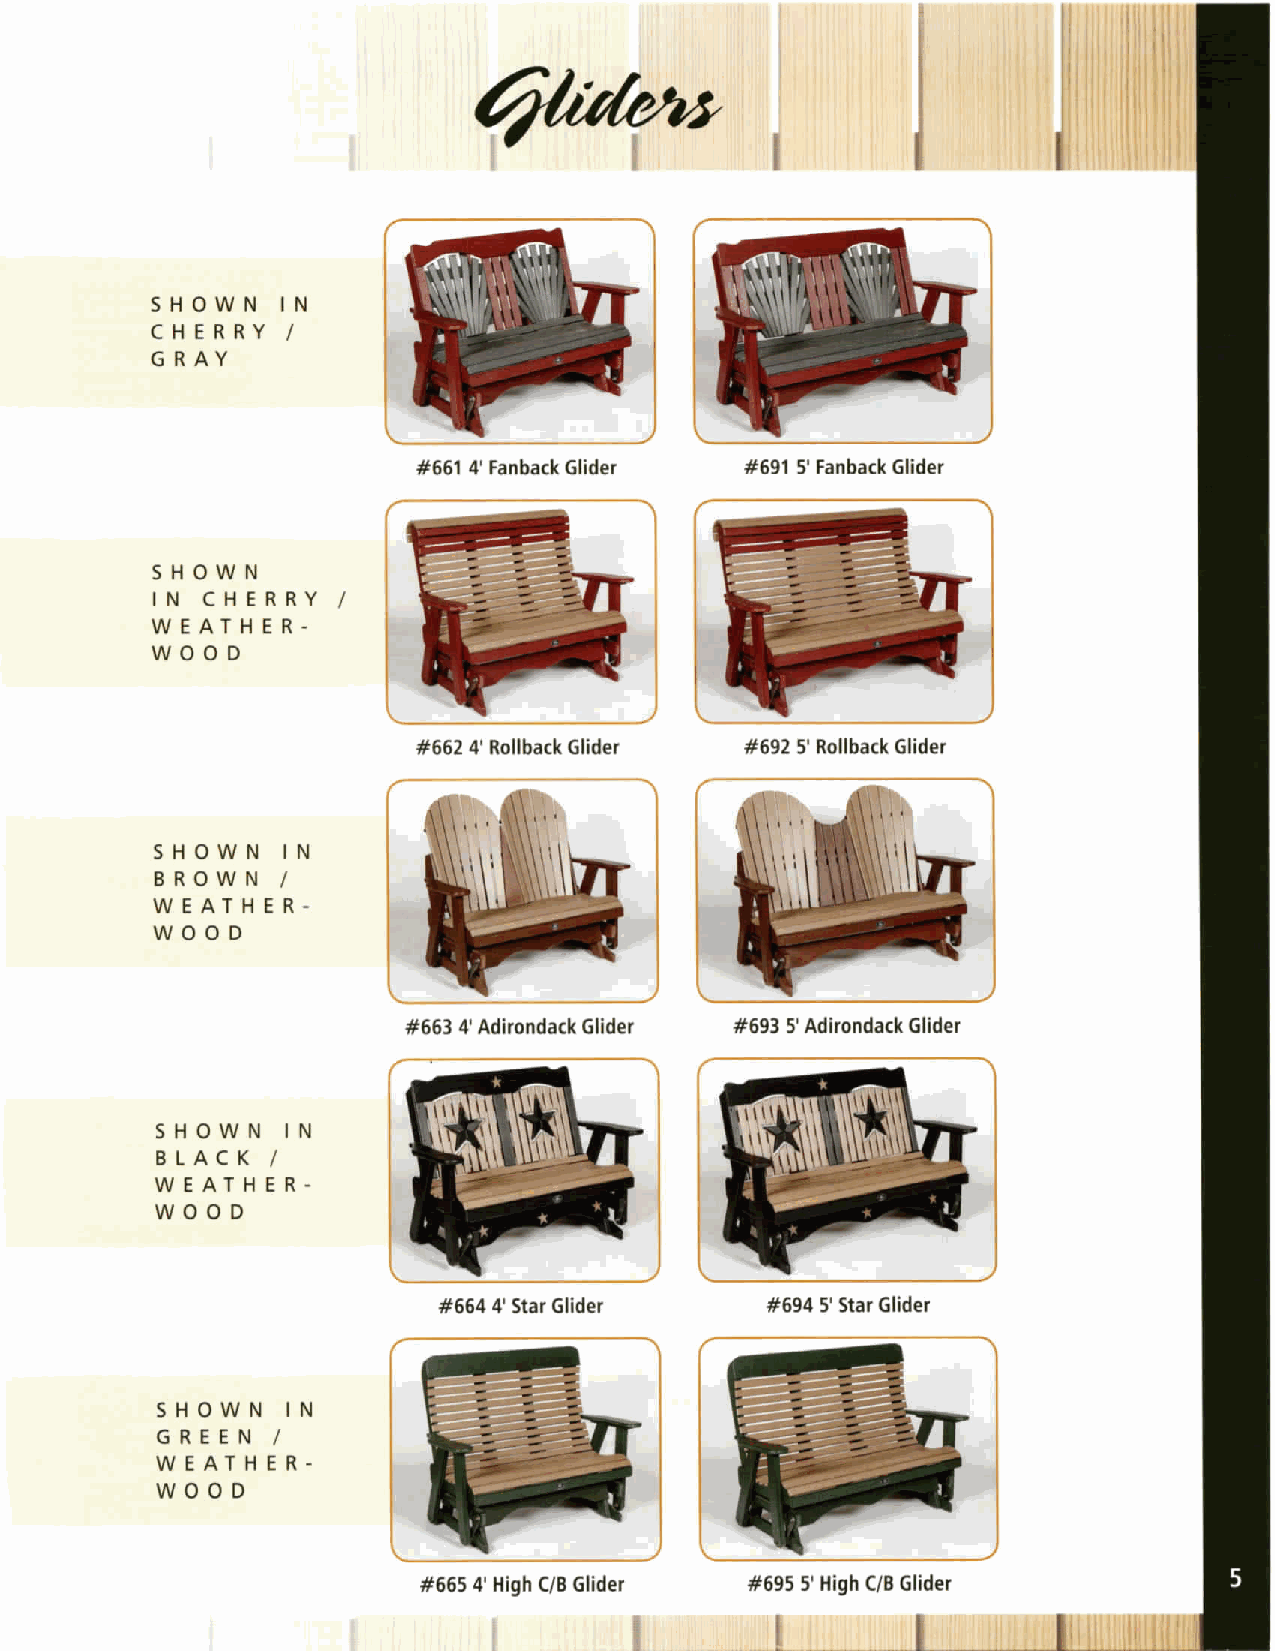
SHOWN    IN
 CHERRY   /
 GRAY
 #661 4' Fanback Glider #691 5' Fanl]ack Glider
 SHOWN
 IN  CHERRY  /
 WEATHER-
 WOOD
 #662 4' Rollback Glider #692 5' Rollback Glider
 SHOWN    IN
 BROWN    /
 W E AT H E R -
 WOOD
 #663 4' Adirondack Glider #693 5' Adirondack Glider
 SHOWN    IN
 BLACK   /
 W E AT H E R -
 WOOD
 #664 4' Star Glider   #694 5' Star Glider
 SHOWN    IN
 GREEN   /
 WEATHER-
 WOOD
 #665 4' High C/B Glider #695 5' High C/B Glider